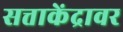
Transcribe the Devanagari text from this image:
सत्ताकेंद्रावर